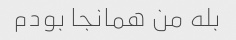
بله من همانجا بودم